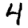
Digit: 4